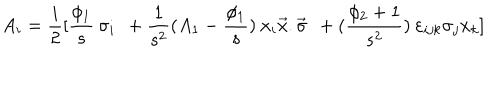
A _ { i } = \frac { i } { 2 } [ \frac { \phi _ { 1 } } { s } \: \sigma _ { i } \: \: + \frac { 1 } { s ^ { 2 } } ( A _ { 1 } - \frac { \phi _ { 1 } } { s } ) \: x _ { i } \vec { x } . \vec { \sigma } \: \: + ( \frac { \phi _ { 2 } + 1 } { s ^ { 2 } } ) \: \varepsilon _ { i j k } \sigma _ { j } x _ { k } ]